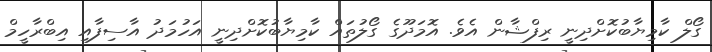
ގޯލް ކާމިޔާބުކޮށްދިނީ ރިފްޝާން އެވެ. އޮމަދޫގެ ގޯލުތައް ކާމިޔާބުކޮށްދިނީ އަހުމަދު އާސިފާއި އިބްރާހީމް